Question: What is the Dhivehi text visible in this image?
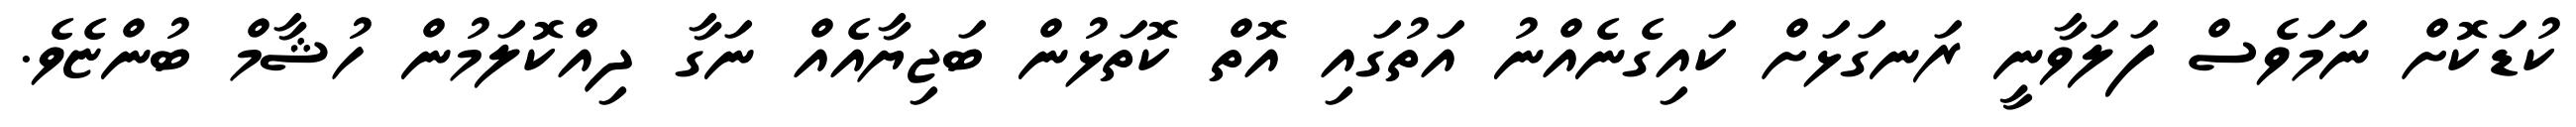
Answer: ކުޑަކޮށް ނަމަވެސް ފަލަވާނީ ރަނގަޅަށް ކައިގެނެއްނު އަތުގައި އޮތް ކޮތަޅުން ބަޖިޔާއެއް ނަގާ ދިއްކޮލަމުން ހުޝާމް ބުންޏެވެ.